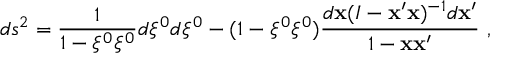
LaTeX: d s ^ { 2 } = \frac { 1 } { 1 - \xi ^ { 0 } \xi ^ { 0 } } d \xi ^ { 0 } d \xi ^ { 0 } - ( 1 - \xi ^ { 0 } \xi ^ { 0 } ) \frac { d { \bf x } ( I - { \bf x } ^ { \prime } { \bf x } ) ^ { - 1 } d { \bf x } ^ { \prime } } { 1 - { \bf x } { \bf x } ^ { \prime } } ~ ,